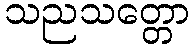
သညသတ္တော